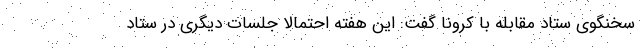
سخنگوی ستاد مقابله با کرونا گفت: این هفته احتمالا جلسات دیگری در ستاد